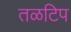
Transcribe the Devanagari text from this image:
तळटिप